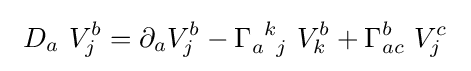
\ D_{a}\ V_{j}^{b}=\partial _{a}V_{j}^{b}-\Gamma _{a\;\;j}^{\;\;k}\ V_{k}^{b}+\Gamma _{ac}^{b}\ V_{j}^{c}\